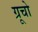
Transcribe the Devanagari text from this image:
ग्रूचो